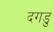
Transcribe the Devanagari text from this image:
दगडु